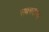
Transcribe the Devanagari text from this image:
सबमरीन्स